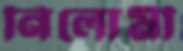
নিলোর্মী